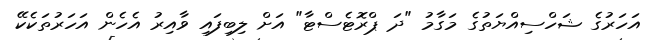
އަހަރުގެ ޝަހްސިއްޔަތުގެ މަގާމު "ދަ ޕްރޮޓެސްޓާ" އަށް ލިބިފައި ވާއިރު އެހެން އަހަރުތަކެކޭ